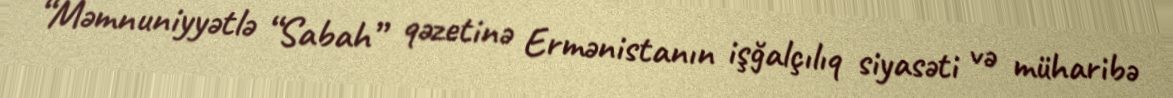
“Məmnuniyyətlə “Sabah” qəzetinə Ermənistanın işğalçılıq siyasəti və müharibə